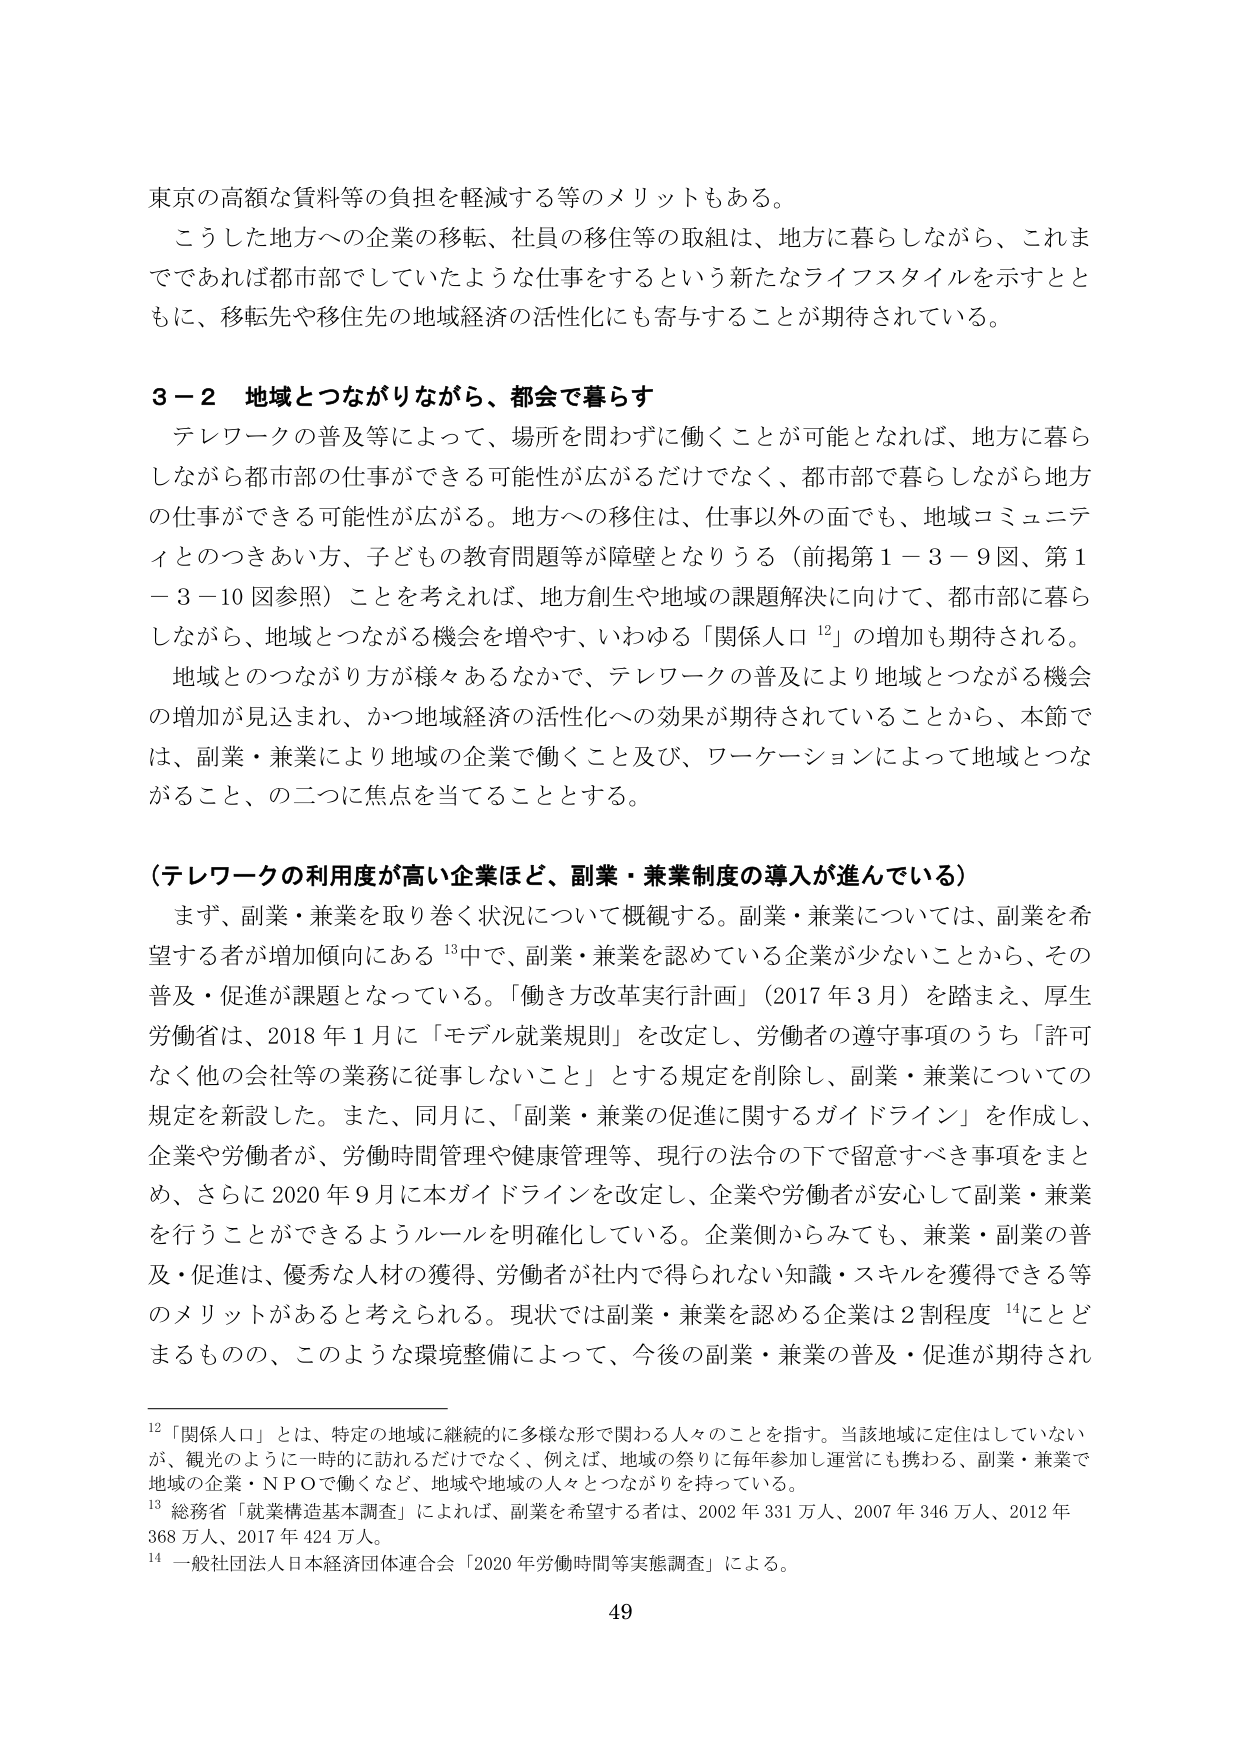
東京の高額な賃料等の負担を軽減する等のメリットもある。

こうした地方への企業の移転、社員の移住等の取組は、地方に暮らしながら、これまでであれば都市部でしていたような仕事をするという新たなライフスタイルを示すとともに、移転先や移住先の地域経済の活性化にも寄与することが期待されている。

3－2 地域とつながりながら、都会で暮らす

テレワークの普及等によって、場所を問わず働くことが可能となれば、地方に暮らしながら都市部の仕事ができる可能性が広がるだけでなく、都市部で暮らしながら地方の仕事ができる可能性が広がる。地方への移住は、仕事以外の面でも、地域コミュニティとのつきあい方、子どもの教育問題等が障壁となりうる（前掲第1－3－9図、第1－3－10図参照）ことを考えれば、地方創生や地域の課題解決に向けて、都市部に暮らしながら、地域とつながる機会を増やす、いわゆる「関係人口 12」の増加も期待される。

地域とのつながり方が様々あるなかで、テレワークの普及により地域とつながる機会の増加が見込まれ、かつ地域経済の活性化への効果が期待されていることから、本節では、副業・兼業により地域の企業で働くこと及び、ワーケーションによって地域とつながること、の二つに焦点を当てることとする。

（テレワークの利用度が高い企業ほど、副業・兼業制度の導入が進んでいる）

まず、副業・兼業を取り巻く状況について概観する。副業・兼業については、副業を希望する者が増加傾向にある 13中で、副業・兼業を認めている企業が少ないことから、その普及・促進が課題となっている。「働き方改革実行計画」（2017年3月）を踏まえ、厚生労働省は、2018年1月に「モデル就業規則」を改定し、労働者の遵守事項のうち「許可なく他の会社等の業務に従事しないこと」とする規定を削除し、副業・兼業についての規定を新設した。また、同月に、「副業・兼業の促進に関するガイドライン」を作成し、企業や労働者が、労働時間管理や健康管理等、現行の法令の下で留意すべき事項をまとめ、さらに2020年9月に本ガイドラインを改定し、企業や労働者が安心して副業・兼業を行うことができるようルールを明確化している。企業側からみても、兼業・副業の普及・促進は、優秀な人材の獲得、労働者が社内で得られない知識・スキルを獲得できる等のメリットがあると考えられる。現状では副業・兼業を認める企業は2割程度 14にとどまるものの、このような環境整備によって、今後の副業・兼業の普及・促進が期待され

12 「関係人口」とは、特定の地域に継続的に多様な形で関わる人々のことを指す。当該地域に定住はしていないが、観光のように一時的に訪れるだけでなく、例えば、地域の祭りに毎年参加し運営にも携わる、副業・兼業で地域の企業・NPOで働くなど、地域や地域の人々とつながりを持っている。

13 総務省「就業構造基本調査」によれば、副業を希望する者は、2002年331万人、2007年346万人、2012年368万人、2017年424万人。

14 一般社団法人日本経済団体連合会「2020年労働時間等実態調査」による。

49